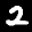
Label: 2